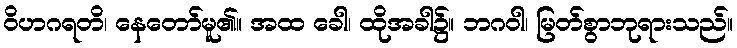
ဝိဟဂရတိ၊ နေတော်မူ၏။ အထ ခေါ၊ ထိုအခါ၌။ ဘဂဝါ၊ မြတ်စွာဘုရားသည်။